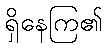
ရှိနေကြ၏